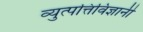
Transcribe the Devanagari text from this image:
व्युत्पत्तिविज्ञानी